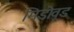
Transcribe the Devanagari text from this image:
मिडोवूड